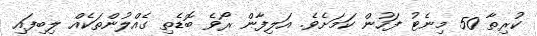
ކުރިތާ 50 މިނެޓު ފަހުން ކަމަށެވެ. އަލިފާން ރޯވެ ބޮޑެތި ގެއްލުންތަކެއް ލިބިފައި